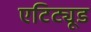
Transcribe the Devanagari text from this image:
एटिट्यूड